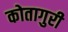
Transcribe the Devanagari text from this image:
कोतागुरी